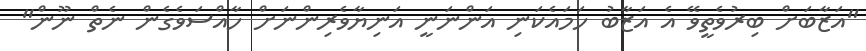
"އަޒާބަށް ބިރުވެތީވޭ އެ އަޒާބު ހަމައެކަނި އަންނަނީ އަނިޔާވެރިންނަށް ހާއްސަވެގެން ނެތް ނޫން"